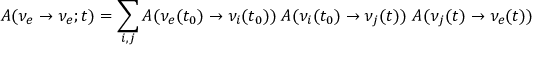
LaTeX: A ( { \nu _ { e } } \to { \nu _ { e } } ; t ) = \sum _ { i , j } A ( \nu _ { e } ( t _ { 0 } ) \to \nu _ { i } ( t _ { 0 } ) ) \; A ( \nu _ { i } ( t _ { 0 } ) \to \nu _ { j } ( t ) ) \; A ( \nu _ { j } ( t ) \to \nu _ { e } ( t ) ) \; \; \;